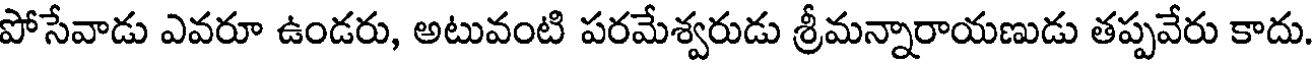
పోసేవాడు ఎవరూ ఉండరు, అటువంటి పరమేశ్వరుడు శ్రీమన్నారాయణుడు తప్పవేరు కాదు.